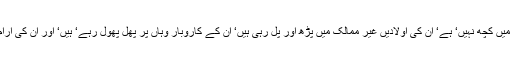
یہ ہماری بدقسمتی ہی ہے‘ کہ ہمارے اوپر ایسے حکمران مسلط کر دیے گئے‘ جن کا اس ملک میں کچھ نہیں‘ ہے‘ ان کی اولادیں غیر ممالک میں پڑھ اور پل رہی ہیں‘ ان کے کاروبار وہاں پر پھل پھول رہے‘ ہیں‘ اور ان کی آرام دہ رہائشیں بھی وہیں‘ پر ہیں‘ لیکن یہ حکمرانی پاکستان پر کرنا چاہتے ہیں‘ اور کر رہے‘ ہیں۔